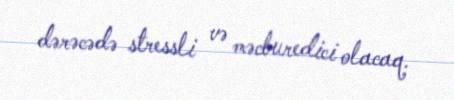
dərəcədə stressli və məcburedici olacaq.